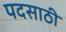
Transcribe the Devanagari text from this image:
पदसाठी